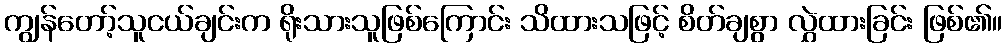
ကျွန်တော့်သူငယ်ချင်းက ရိုးသားသူဖြစ်ကြောင်း သိထားသဖြင့် စိတ်ချစွာ လွှဲထားခြင်း ဖြစ်၏။